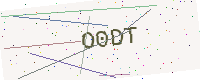
Text: O0DT